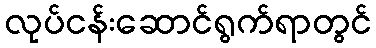
လုပ်ငန်းဆောင်ရွက်ရာတွင်